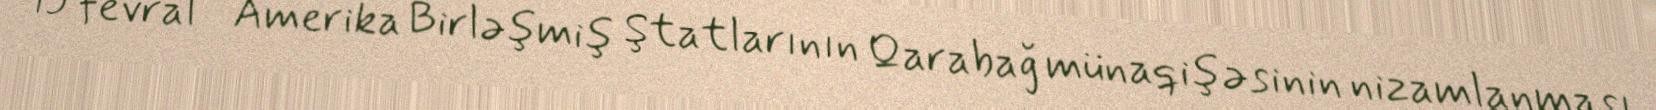
15 fevral - Amerika Birləşmiş Ştatlarının Qarabağ münaqişəsinin nizamlanması